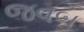
જવબ